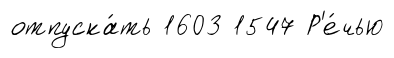
отпуска́ть 1603 1547 Р'е́чью